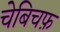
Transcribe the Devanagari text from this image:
चेबिचफ़